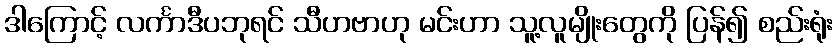
ဒါကြောင့် လင်္ကာဒီပဘုရင် သီဟဗာဟု မင်းဟာ သူ့လူမျိုးတွေကို ပြန်၍ စည်းရုံး